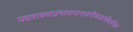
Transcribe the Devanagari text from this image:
पदवाक्यप्रमाणपारावरीणजरन्नैयायिक